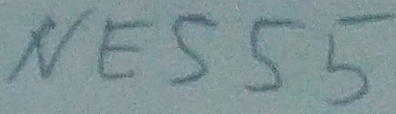
Text: NE555